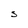
Character: S